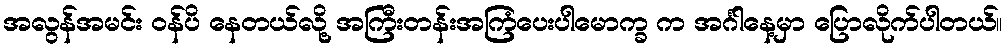
အလွန်အမင်း ဝန်ပိ နေတယ်လို့ အကြီးတန်းအကြံပေးပါမောက္ခ က အင်္ဂါနေ့မှာ ပြောလိုက်ပါတယ်။